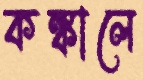
কঙ্কালে